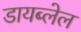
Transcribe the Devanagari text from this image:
डायब्लेल